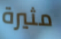
مثيرة